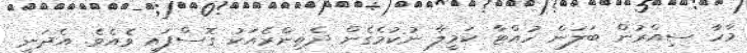
މާހާ ސިއްރުން ބަލަން ހުއްޓާ ކަމީލާ ނުކުމެގެން ދެތިންރެއަކު ގޮސްފައި ވެއެވެ. އެދަނީ